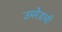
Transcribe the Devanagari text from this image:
उमरेडची